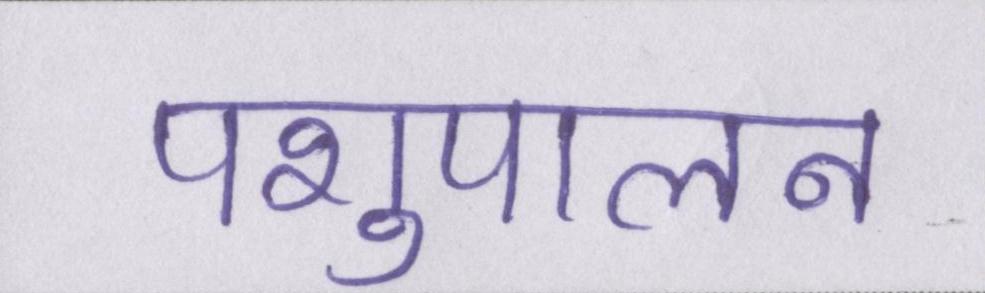
पशुपालन